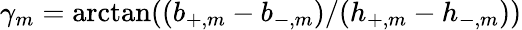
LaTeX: \gamma_{m}=\textrm{arctan}((b_{+,m}-b_{-,m})/(h_{+,m}-h_{-,m}))